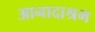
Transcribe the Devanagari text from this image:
आनादाश्रम